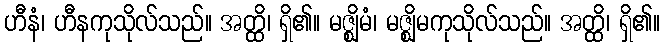
ဟီနံ၊ ဟီနကုသိုလ်သည်။ အတ္ထိ၊ ရှိ၏။ မဇ္ဈိမံ၊ မဇ္ဈိမကုသိုလ်သည်။ အတ္ထိ၊ ရှိ၏။